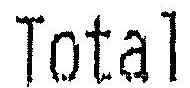
TOTAL